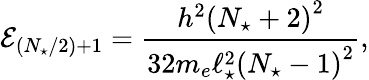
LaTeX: \mathcal{E}_{(N_{\star}/2)+1}=\frac{h^{2}\left(N_{\star}+2\right)^{2}}{32m_{e}\ell_{\star}^{2}\left(N_{\star}-1\right)^{2}},